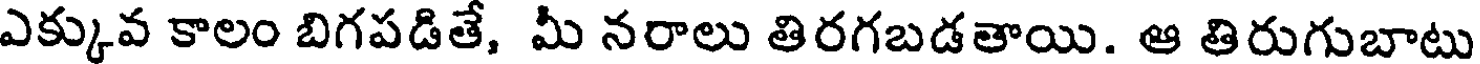
ఎక్కువ కాలం బిగపడితే, మీ నరాలు తిరగబడతాయి. ఆ తిరుగుబాటు